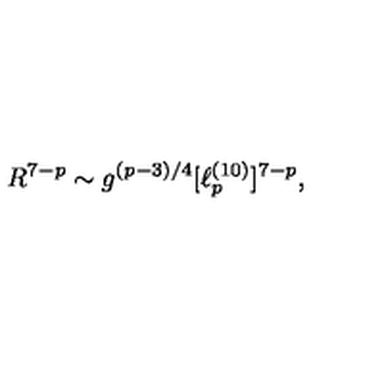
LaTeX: R ^ { 7 - p } \sim g ^ { ( p - 3 ) / 4 } [ \ell _ { p } ^ { ( 1 0 ) } ] ^ { 7 - p } ,